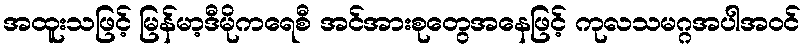
အထူးသဖြင့် မြန်မာ့ဒီမိုကရေစီ အင်အားစုတွေအနေဖြင့် ကုလသမဂ္ဂအပါအဝင်